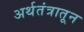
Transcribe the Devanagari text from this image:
अर्थतंत्रातून